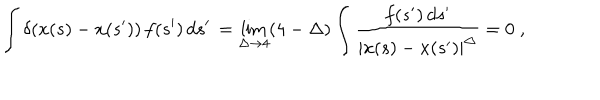
\int \delta ( x ( s ) - x ( s ^ { \prime } ) ) \, f ( s ^ { \prime } ) \, d s ^ { \prime } \, = \lim _ { \Delta \to 4 } ( 4 - \Delta ) \int \frac { f ( s ^ { \prime } ) \, d s ^ { \prime } } { | x ( s ) - x ( s ^ { \prime } ) | ^ { \Delta } } = 0 \; ,